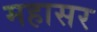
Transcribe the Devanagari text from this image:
महासर